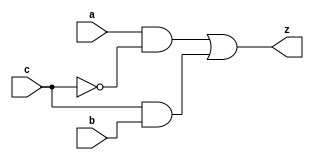
module yMux1(z, a, b, c);
output z;
input a, b, c;
wire notC, upper, lower;
not my_not(notC, c);
and upperAnd(upper, a, notC);
and lowerAnd(lower, c, b);
or sd(z, upper, lower);
endmodule